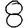
Digit: 8